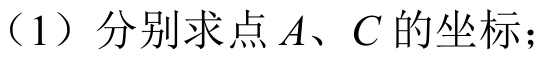
（1）分别求点 \(A\)、\(C\) 的坐标；